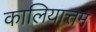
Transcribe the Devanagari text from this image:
कालियात्तम